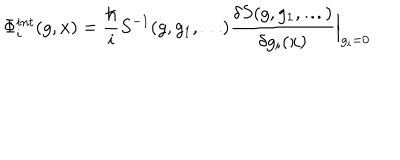
\Phi _ { i } ^ { i n t } ( g , x ) = { \frac { \hbar } { i } } S ^ { - 1 } ( g , g _ { 1 } , \ldots ) \frac { \delta S ( g , g _ { 1 } , \ldots ) } { \delta g _ { i } ( x ) } \Big | _ { g _ { i } = 0 }